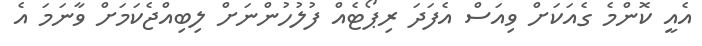
އެއީ ކޮންމެ ގެއަކަށް ވިއަސް އެފަދަ ރިޕޯޓެއް ފުލުހުންނަށް ލިބިއްޖެކަމަށް ވާނަމަ އެ